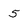
Character: 5